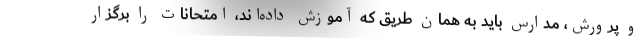
و پرورش، مدارس باید به همان طریق که آموزش داده‌اند، امتحانات را برگزار